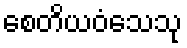
စေတိယဝံသေသု